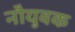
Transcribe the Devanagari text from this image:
नौयुवक